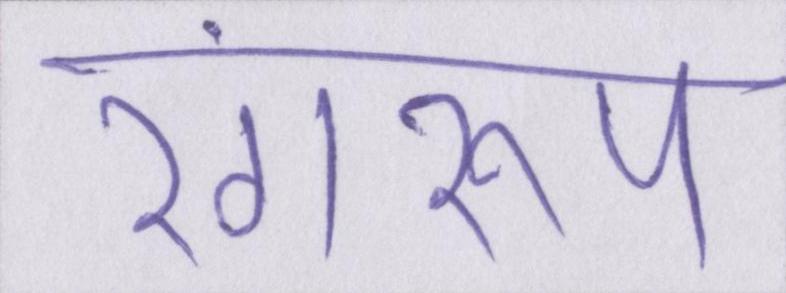
रंगरूप